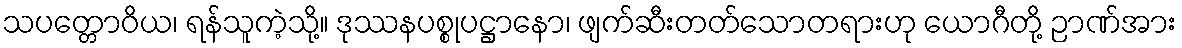
သပတ္တောဝိယ၊ ရန်သူကဲ့သို့။ ဒုဿနပစ္စုပဋ္ဌာနော၊ ဖျက်ဆီးတတ်သောတရားဟု ယောဂီတို့ ဉာဏ်အား